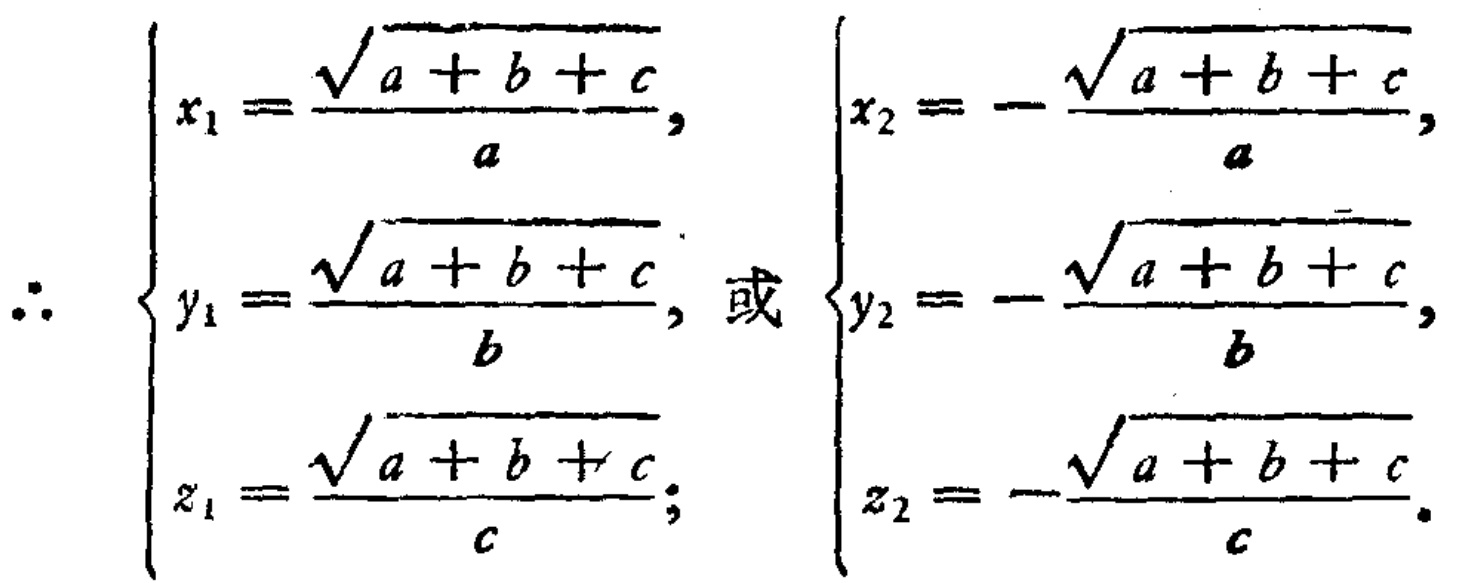
\(\therefore
\begin{cases}
x_1 = \dfrac{\sqrt{a + b + c}}{a}, \\
y_1 = \dfrac{\sqrt{a + b + c}}{b}, \\
z_1 = \dfrac{\sqrt{a + b + c}}{c};
\end{cases}
或
\begin{cases}
x_2 = -\dfrac{\sqrt{a + b + c}}{a}, \\
y_2 = -\dfrac{\sqrt{a + b + c}}{b}, \\
z_2 = -\dfrac{\sqrt{a + b + c}}{c}.
\end{cases}\)